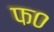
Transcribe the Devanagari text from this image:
फ०